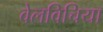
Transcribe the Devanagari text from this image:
वेलविचिया